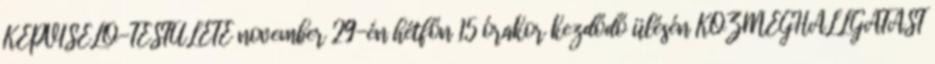
KÉPVISELŐ-TESTÜLETE november 29-én hétfőn 15 órakor kezdődő ülésén KÖZMEGHALLGATÁST